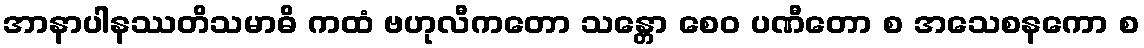
အာနာပါနဿတိသမာဓိ ကထံ ဗဟုလီကတော သန္တော စေဝ ပဏီတော စ အသေစနကော စ